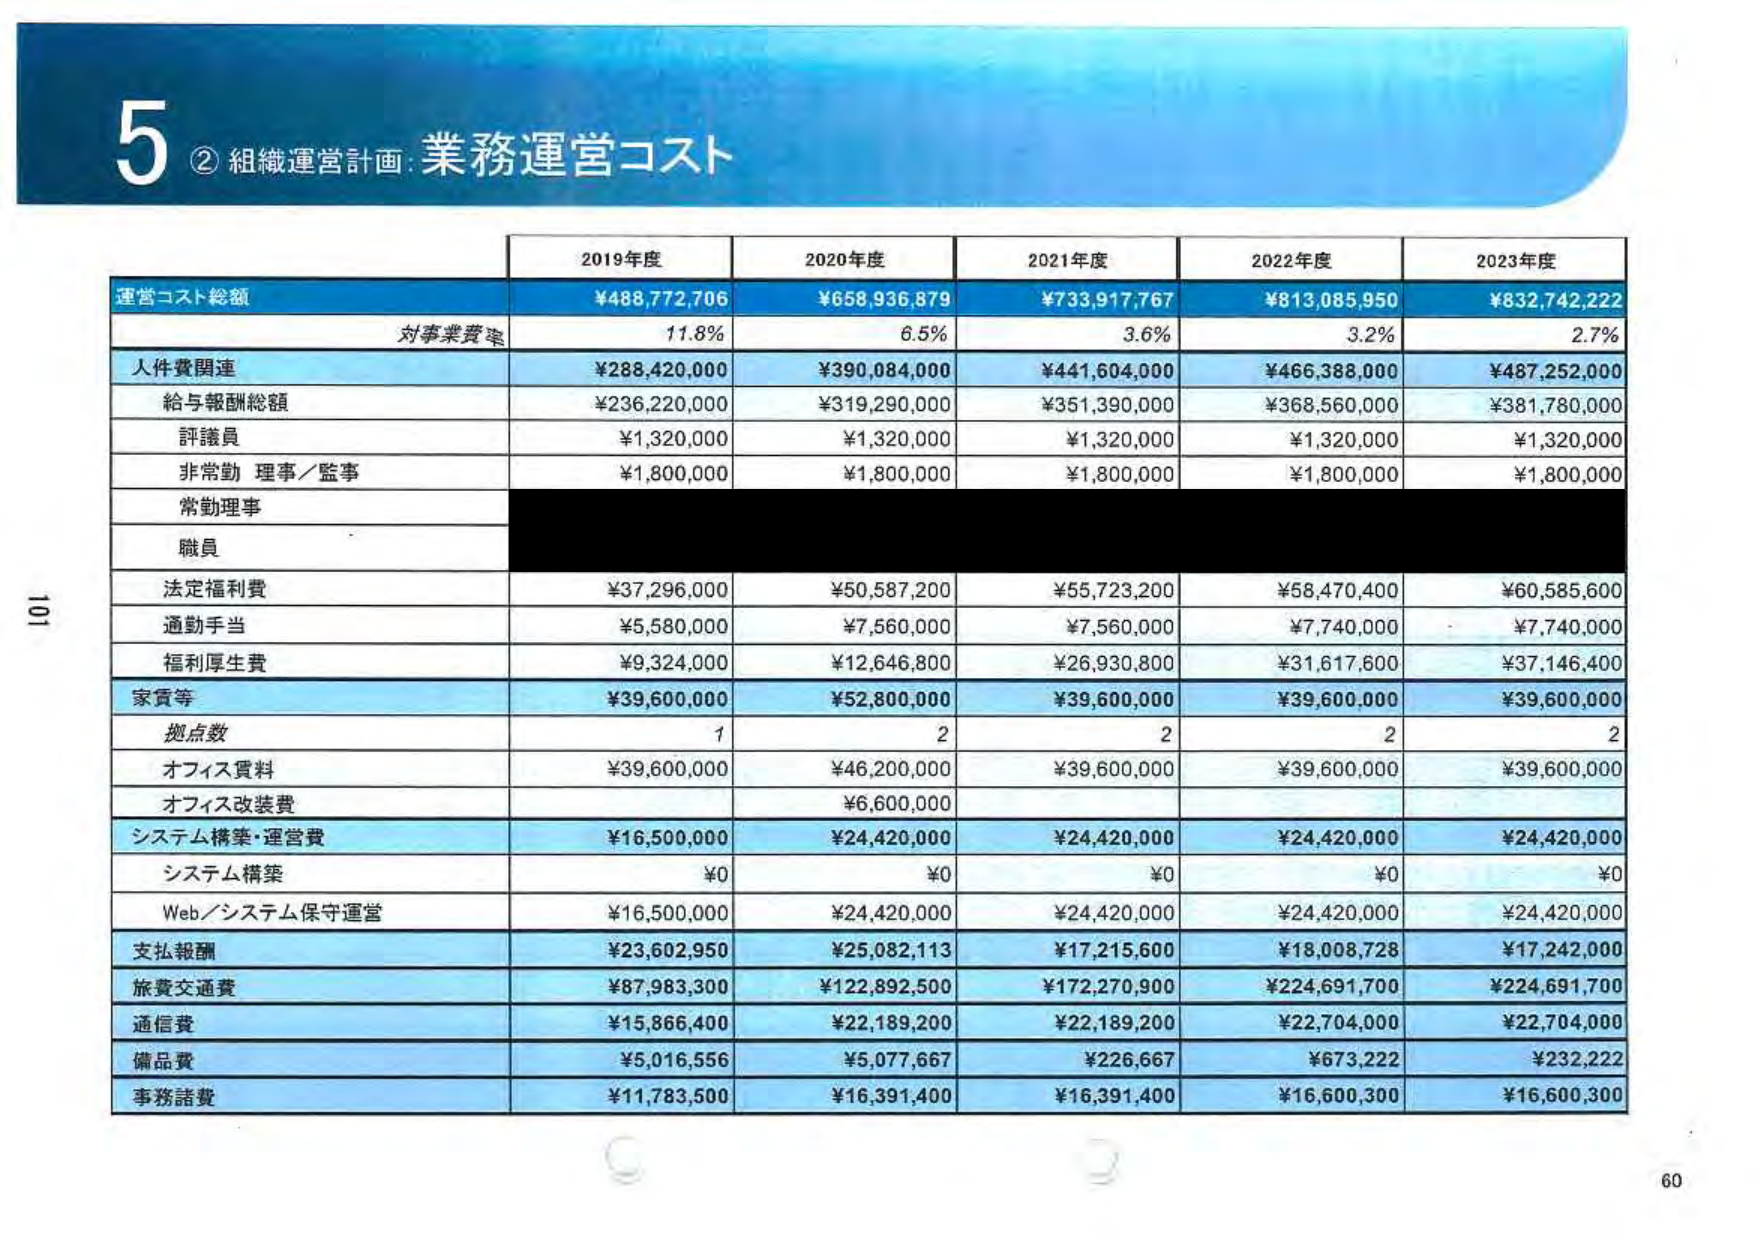
5 ② 組織運営計画：業務運営コスト

2019年度 2020年度 2021年度 2022年度 2023年度

運営コスト総額 ¥488,772,706 ¥658,936,879 ¥733,917,767 ¥813,085,950 ¥832,742,222
対事業費率 11.8% 6.5% 3.6% 3.2% 2.7%

人件費関連 ¥288,420,000 ¥390,084,000 ¥441,604,000 ¥466,388,000 ¥487,252,000
給与報酬総額 ¥236,220,000 ¥319,290,000 ¥351,390,000 ¥368,560,000 ¥381,780,000
評議員 ¥1,320,000 ¥1,320,000 ¥1,320,000 ¥1,320,000 ¥1,320,000
非常勤 理事／監事 ¥1,800,000 ¥1,800,000 ¥1,800,000 ¥1,800,000 ¥1,800,000
常勤理事
職員
法定福利費 ¥37,296,000 ¥50,587,200 ¥55,723,200 ¥58,470,400 ¥60,585,600
通勤手当 ¥5,580,000 ¥7,560,000 ¥7,560,000 ¥7,740,000 ¥7,740,000
福利厚生費 ¥9,324,000 ¥12,646,800 ¥26,930,800 ¥31,617,600 ¥37,146,400
家賃等 ¥39,600,000 ¥52,800,000 ¥39,600,000 ¥39,600,000 ¥39,600,000
拠点数 1 2 2 2 2
オフィス賃料 ¥39,600,000 ¥46,200,000 ¥39,600,000 ¥39,600,000 ¥39,600,000
オフィス改装費 ¥6,600,000
システム構築・運営費 ¥16,500,000 ¥24,420,000 ¥24,420,000 ¥24,420,000 ¥24,420,000
システム構築 ¥0 ¥0 ¥0 ¥0 ¥0
Web／システム保守運営 ¥16,500,000 ¥24,420,000 ¥24,420,000 ¥24,420,000 ¥24,420,000
支払報酬 ¥23,602,950 ¥25,082,113 ¥17,215,600 ¥18,008,728 ¥17,242,000
旅費交通費 ¥87,983,300 ¥122,892,500 ¥172,270,900 ¥224,691,700 ¥224,691,700
通信費 ¥15,866,400 ¥22,189,200 ¥22,189,200 ¥22,704,000 ¥22,704,000
備品費 ¥5,016,556 ¥5,077,667 ¥226,667 ¥673,222 ¥232,222
事務諸費 ¥11,783,500 ¥16,391,400 ¥16,391,400 ¥16,600,300 ¥16,600,300

101
60